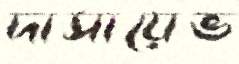
দাসায়েভ